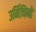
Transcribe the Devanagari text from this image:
उर्मिचिन्हे